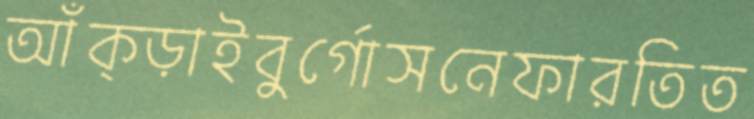
আঁক্‌ড়াইবুর্গোসনেফারতিত